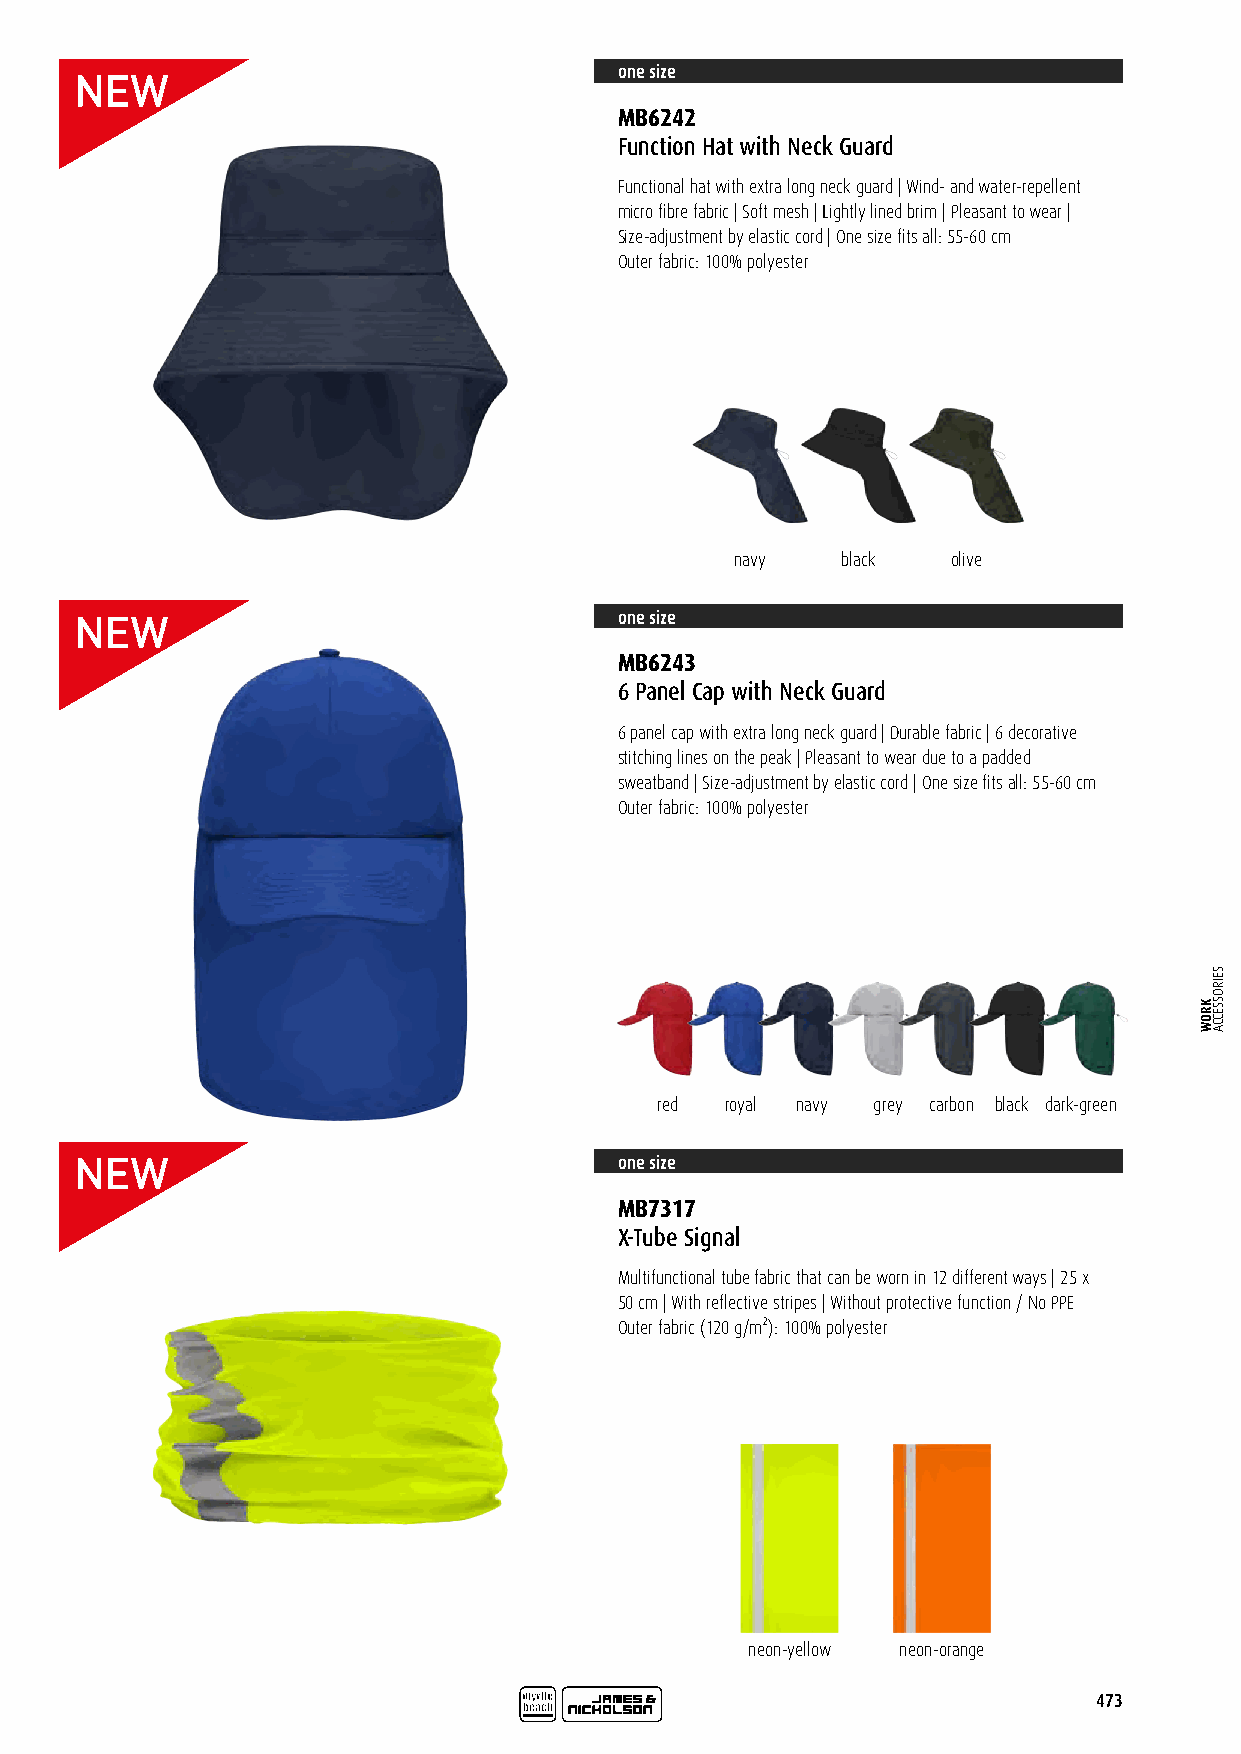
one size
 MB6242
 Function Hat with Neck Guard
 Functional hat with extra long neck guard | Wind- and water-repellent
 micro fibre fabric | Soft mesh | Lightly lined brim | Pleasant to wear |
 Size-adjustment by elastic cord | One size fits all: 55-60 cm
 Outer fabric: 100% polyester
 navy   black  olive
 one size
 MB6243
 6 Panel Cap with Neck Guard
 6 panel cap with extra long neck guard | Durable fabric | 6 decorative
 stitching lines on the peak | Pleasant to wear due to a padded
 sweatband | Size-adjustment by elastic cord | One size fits all: 55-60 cm
 Outer fabric: 100% polyester
 red  royal navy grey carbon black dark-green
 one size
 MB7317
 X-Tube Signal
 Multifunctional tube fabric that can be worn in 12 different ways | 25 x
 50 cm | With reflective stripes | Without protective function / No PPE
 Outer fabric (120 g/m²): 100% polyester
 neon-yellow neon-orange
 473
 KROW
 SEIROSSECCA